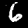
Label: 6